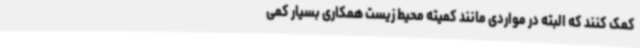
کمک کنند که البته در مواردی مانند کمیته محیط زیست همکاری بسیار کمی